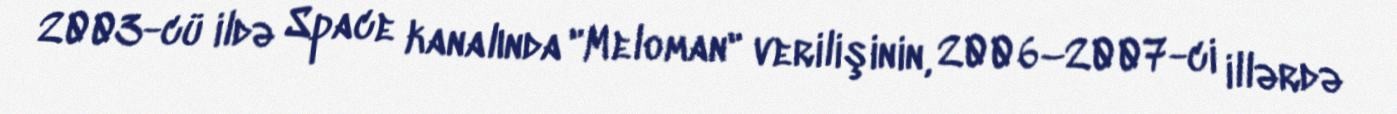
2003-cü ildə Space kanalında "Meloman" verilişinin, 2006–2007-ci illərdə